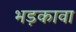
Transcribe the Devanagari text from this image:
भड़कावा